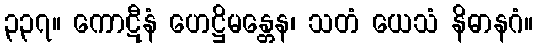
၃၃၇။ ကောဋီနံ ဟေဋ္ဌိမန္တေန၊ သတံ ယေသံ နိဓာနဂံ။